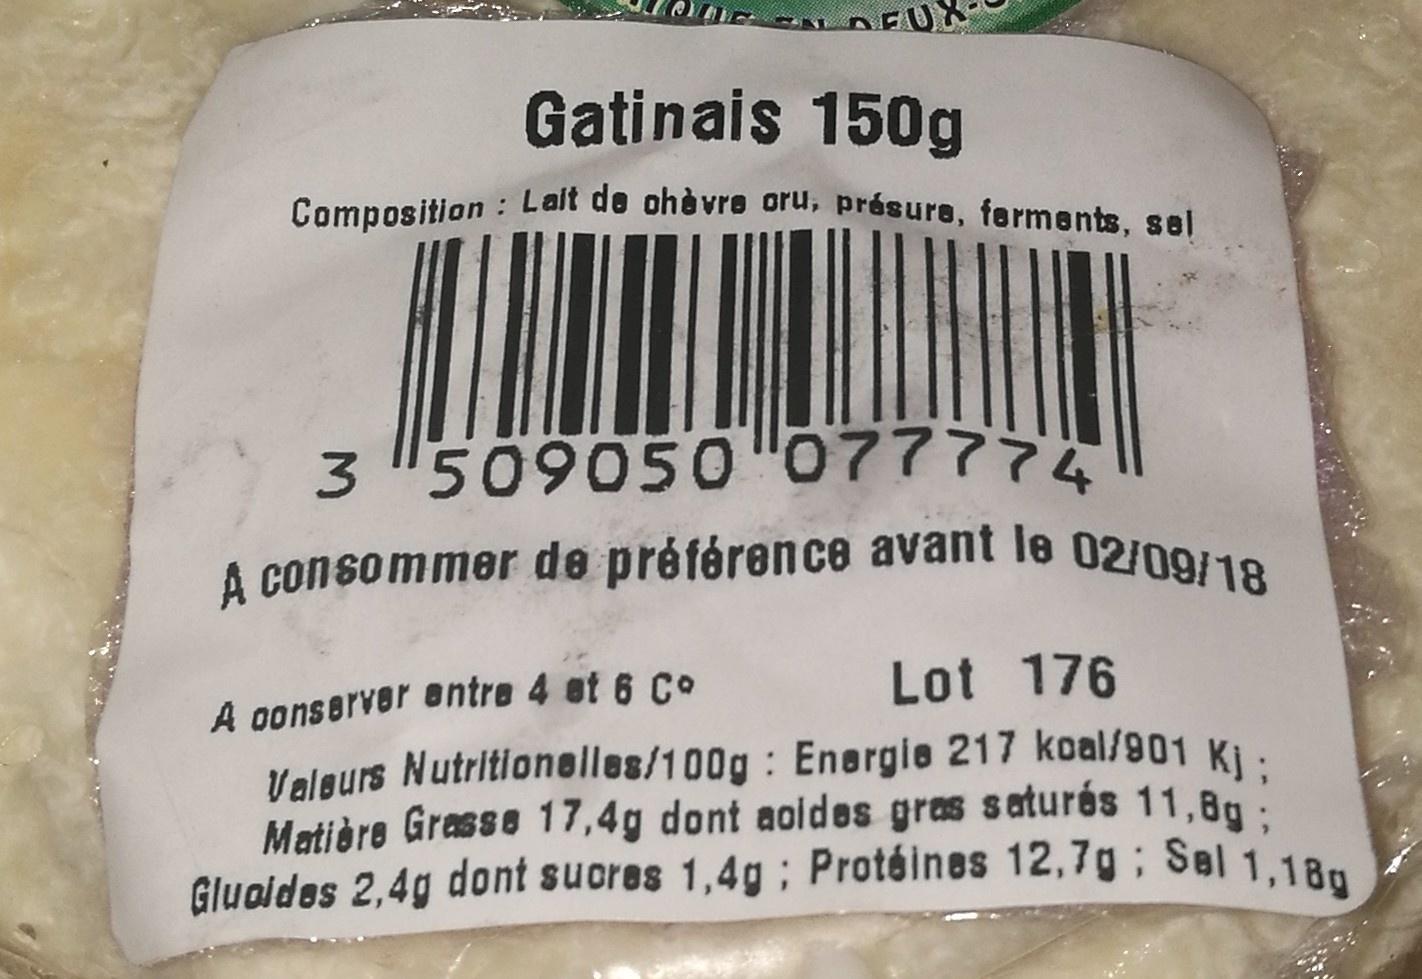
Gatinais 150g
Composition : Lait de chèvre oru, présure, ferments, sel
3 509050 077774 A consommer de préférence avant le 02/09/18
A conserver entre 4 et 6 Co
Lot 176
Valeurs Nutritionelles/100g: Energie 217 koal/901 Kj: Matière Grasse 17,4g dont aoldes gras saturés 11,8g; Gluoides 2,4g dont sucres 1,4g; Protéines 12,7g; Sal 1,18g,